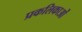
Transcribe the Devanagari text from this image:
प्रकलिकाओं